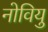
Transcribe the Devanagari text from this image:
नोवियु